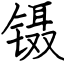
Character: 镊